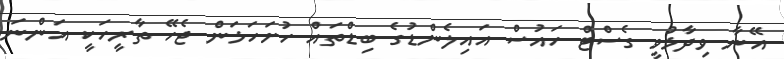
އޭނާ ވިދާޅުވީ ގެސްޓް ހައުސް އައިލެންޑުގެ ބިޑްތައް ހުށަހަޅަން ޖެހޭ ތާރީހަކީ އަންނަ